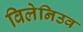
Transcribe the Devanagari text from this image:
विलेनिउव